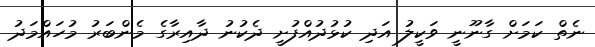
ނެތް ކަމަށް ގާނޫނީ ވަކީލު އަދި ކުޅުދުއްފުށީ ދެކުނު ދާއިރާގެ މެންބަރު މުހައްމަދު